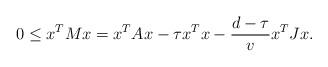
LaTeX: \begin{align*}0 \le x^TMx = x^TAx -\tau x^Tx -\frac{d-\tau}{v}x^TJx.\end{align*}